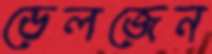
ভেলজেন